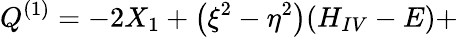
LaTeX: Q^{(1)}=-2X_{1}+\left(\xi^{2}-\eta^{2}\right)(H_{IV}-E)+